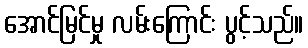
အောင်မြင်မှု လမ်းကြောင်း ပွင့်သည်။